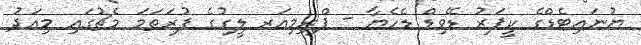
ޔުނައިޓެޑްގެ ކީޕަރު ޑޭވިޑް ޑެހެޔާ - ޕްރިމިއަރ ލީގުގެ ފުރަތަމަ މެޗުގައި މިއަދު